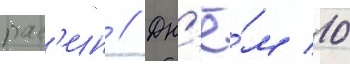
рас'ин // Дн'ё́м 10